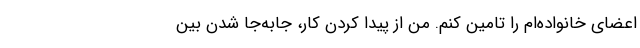
اعضای خانواده‌ام را تامین کنم. من از پیدا کردن کار، جابه‌جا شدن بین